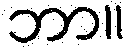
ဘာ။